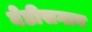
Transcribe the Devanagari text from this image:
बेडीसगाव